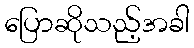
ပြောဆိုသည့်အခါ